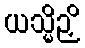
ယသ္မိဉှိ